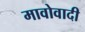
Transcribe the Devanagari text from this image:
मावोवादी